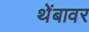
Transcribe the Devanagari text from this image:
थेंबावर